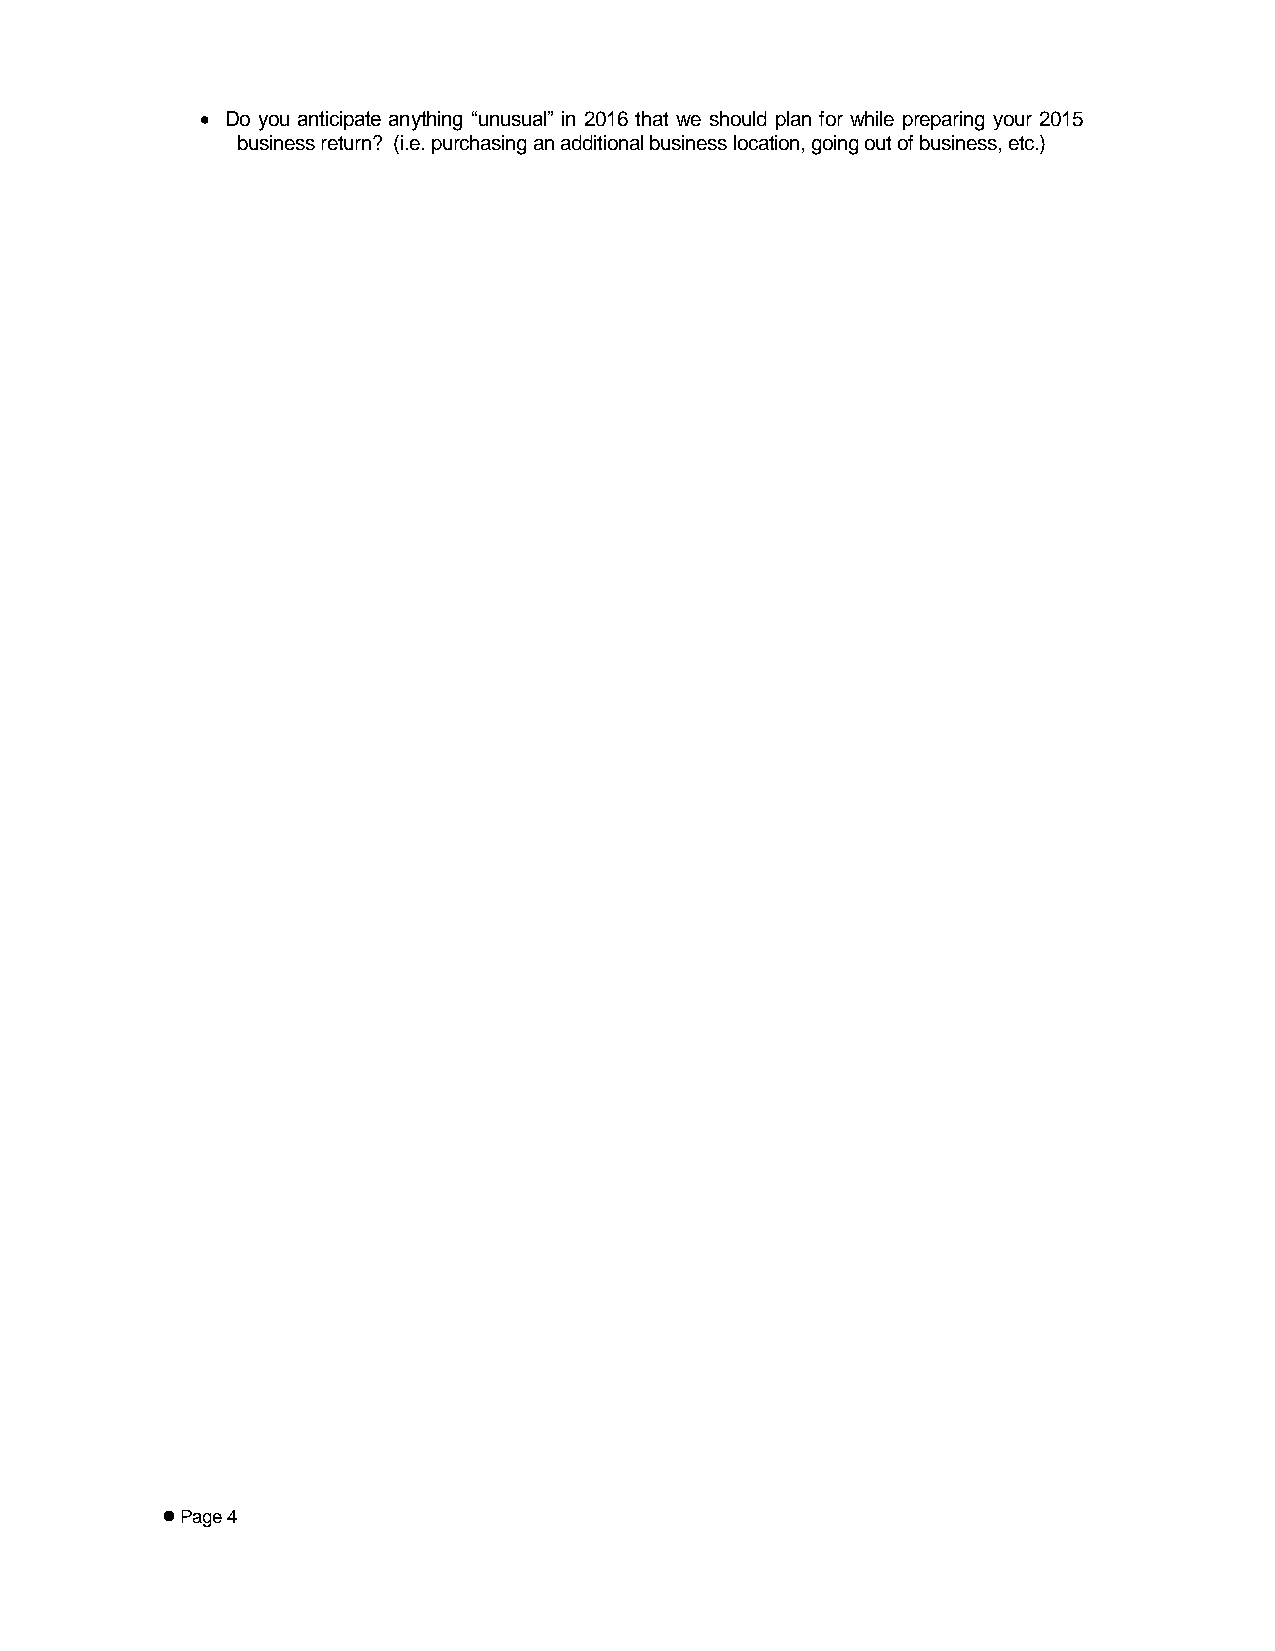
 Do you anticipate anything “unusual” in 2016 that we should plan for while preparing your 2015
 business return? (i.e. purchasing an additional business location, going out of business, etc.)
  Page 4